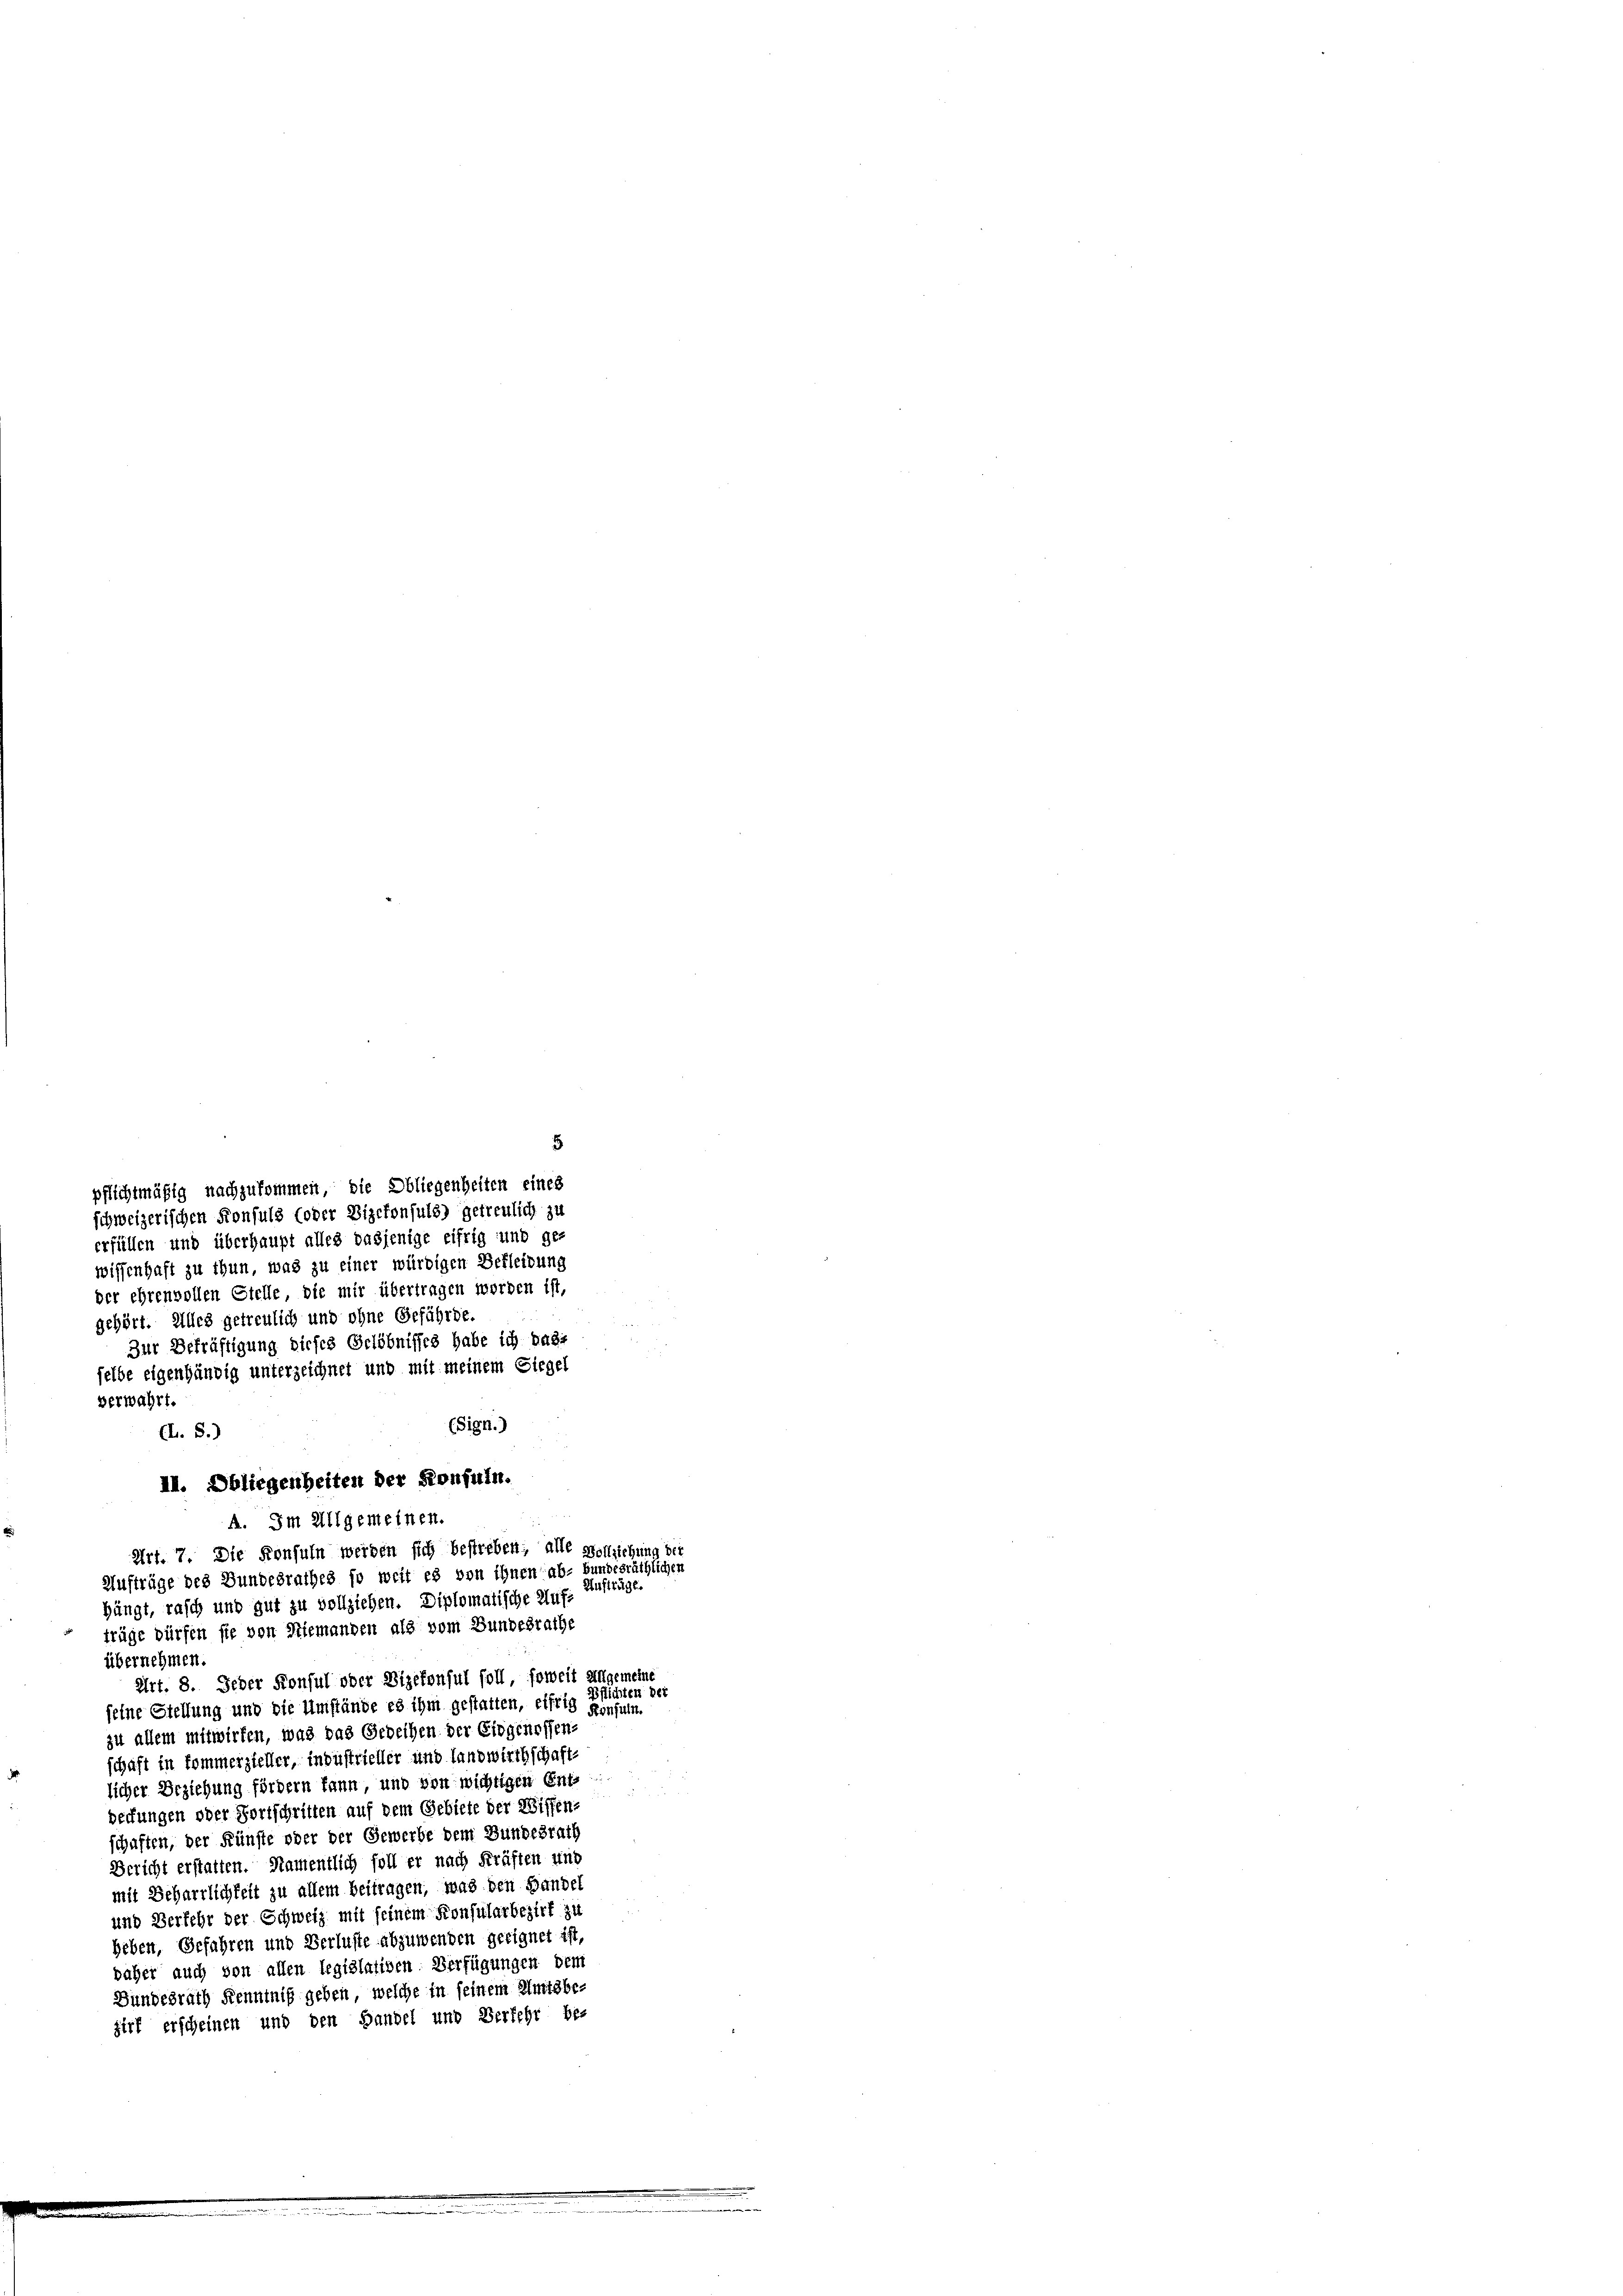
5
pflichtmäßig nachzukommen, die Obliegenheiten eines
schweizerischen Konsuls (oder Vizekonsuls) getreulich zu
erfüllen und überhaupt alles dasjenige eifrig und ge-
wissenhaft zu thun, was zu einer würdigen Befleibung
der ehrenvollen Stelle, die mir übertragen worden ist,
gehört. Alles getreulich und ohne Gefährde.
Zur Bekräftigung dieses Gelöbnisses habe ich badi
selbe eigenhändig unterzeichnet und mit meinem Siegel
verwahrt.
(Sign.)
(L. S.)
II. Obliegenheiten der Konfuin.
A. Im Allgemeinen.
Art. 7. Die Konsuln werden sich bestreben; alle Wohlziehung der
Aufträge des Bundesrathes so weit es von ihnen ab- bundesräthlichen
Austräge.
hängt, rasch und gut zu vollziehen. Diplomatische Aufträge dürfen sie von Niemanden als vom Bundesrathe
übernehmen.
Art. 8. Jeder Konsul oder Vizekonsul soll, soweit angemeine
Pflichten der
feine Stellung und die Umstände es ihm gestatten, eifrig einfuln.
zu allem mitwirten, was das Gedeihen der Eidgenossen-
schäft in kommerzieller, industrieller und Landwirthschafte
licher Erziehung fördern kann, und von wichtigen Ent
deckungen oder Fortschritten auf dem Gebiete der Wissen-
schaften, der Künste oder der Gewerbe dem Bundesrath
Bericht erstatten. Namentlich soll er nach Kräften und
mit Beharrlichkeit zu allem beitragen, was den Handel
und Verfehr der Schweiz mit seinem Konsularbezirk zu
heben, Gefahren und Verluste abzuwenden geeignet ist,
daher auch von allen legislativen Verfügungen dem
Bundesrath Kenntniß geben, welche in seinem Amtsbe-
zirt erscheinen und den Handel und Verfehr be-